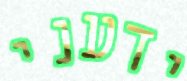
ידעני